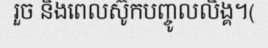
រួច និងពេលស៊ូកបញ្ចូលលិង្គ។(